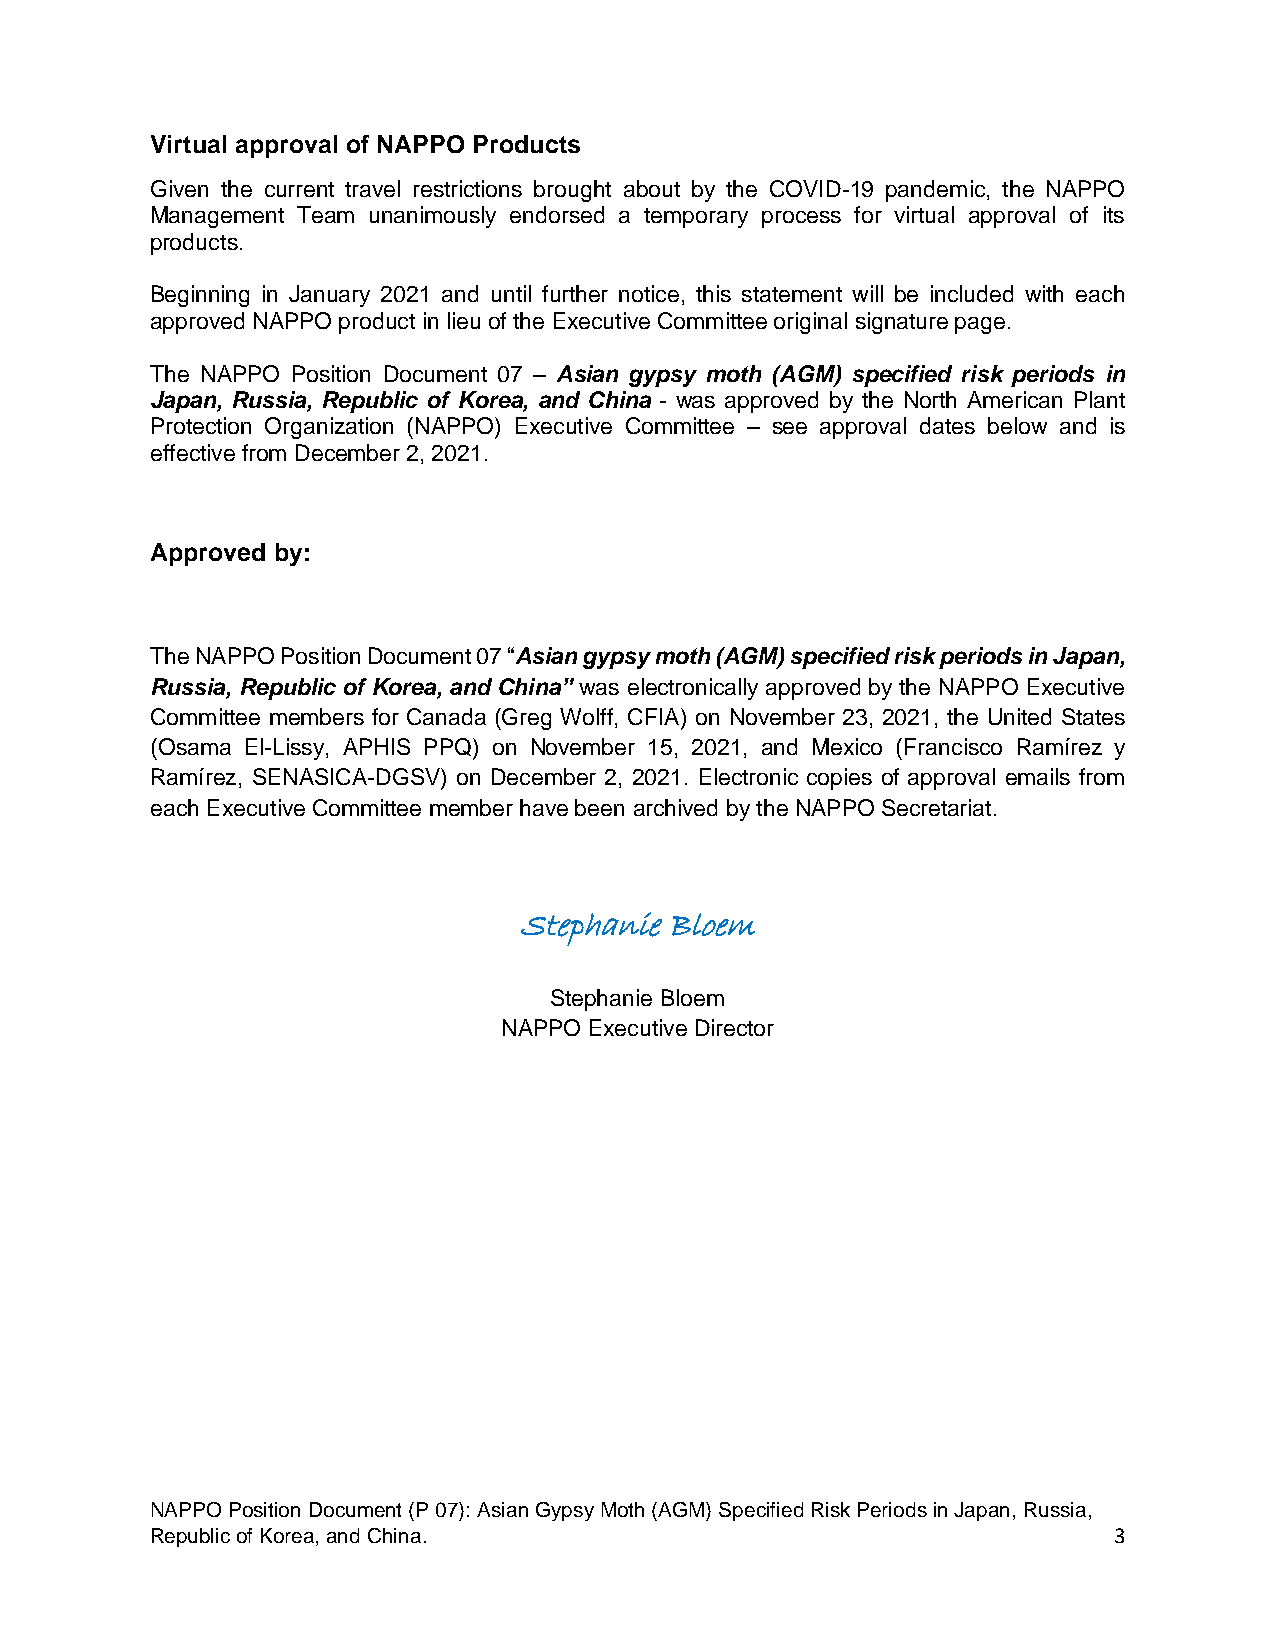
Virtual approval of NAPPO Products
 Given the current travel restrictions brought about by the COVID-19 pandemic, the NAPPO
 Management Team unanimously endorsed a temporary process for virtual approval of its
 products.
 Beginning in January 2021 and until further notice, this statement will be included with each
 approved NAPPO product in lieu of the Executive Committee original signature page.
 The NAPPO Position Document 07 – Asian gypsy moth (AGM) specified risk periods in
 Japan, Russia, Republic of Korea, and China - was approved by the North American Plant
 Protection Organization (NAPPO) Executive Committee – see approval dates below and is
 effective from December 2, 2021.
 Approved by:
 The NAPPO Position Document 07 “Asian gypsy moth (AGM) specified risk periods in Japan,
 Russia, Republic of Korea, and China” was electronically approved by the NAPPO Executive
 Committee members for Canada (Greg Wolff, CFIA) on November 23, 2021, the United States
 (Osama El-Lissy, APHIS PPQ) on November 15, 2021, and Mexico (Francisco Ramírez y
 Ramírez, SENASICA-DGSV) on December 2, 2021. Electronic copies of approval emails from
 each Executive Committee member have been archived by the NAPPO Secretariat.
 Stephanie Bloem
 Stephanie Bloem
 NAPPO Executive Director
 NAPPO Position Document (P 07): Asian Gypsy Moth (AGM) Specified Risk Periods in Japan, Russia,
 Republic of Korea, and China.                                   3